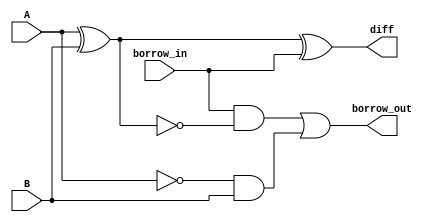
module SUBx1(A, B, borrow_in, borrow_out, diff);

input A, B, borrow_in;
output diff, borrow_out;

// calculating difference
xor X1(w1, A, B);
xor X2(diff, w1, borrow_in);

// calculating borrow_out
xnor XN1(w2, A, B);
and A1(w3, borrow_in, w2);

not NT1(w4, A);
and A2(w5, w4, B);
or O1(borrow_out, w3, w5);

endmodule